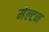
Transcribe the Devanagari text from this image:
मेल्टन